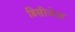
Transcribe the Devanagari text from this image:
डिसीजेज़